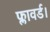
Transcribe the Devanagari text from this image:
फ्लावर्ड।